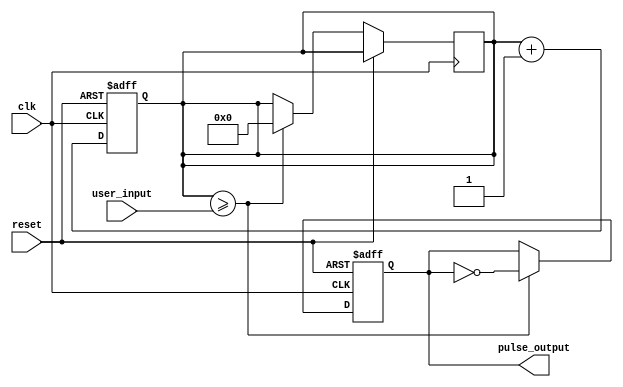
module variable_freq_pulse_generator (
    input wire clk,     // Clock input
    input wire reset,   // Reset input
    input wire user_input,  // User input for adjusting frequency
    output reg pulse_output  // Output pulse signal
);

reg [31:0] count;   // Counter for frequency adjustment

always @(posedge clk or posedge reset) begin
    if (reset) begin
        count <= 32'b0;
    end else begin
        count <= count + 1;
    end
end

always @(posedge clk or posedge reset) begin
    if (reset) begin
        pulse_output <= 1'b0;
    end else begin
        if (count >= user_input) begin
            pulse_output <= ~pulse_output;
            count <= 32'b0;
        end else begin
            pulse_output <= pulse_output;
        end
    end
end

endmodule